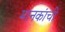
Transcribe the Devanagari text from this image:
मानकांची